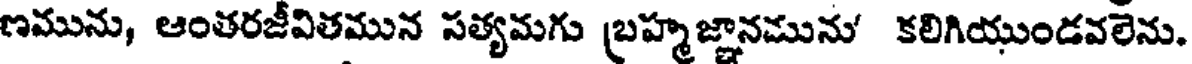
ణమును, ఆంతరజీవితమున సత్యమగు బ్రహ్మజ్ఞానమును' కలిగియుండవలెను.